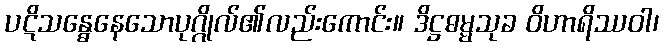
ပဋိသန္ဓေနေသောပုဂ္ဂိုလ်၏လည်းကောင်း။ ဒိဋ္ဌဓမ္မသုခ ဝိဟာရိဿဝါ၊